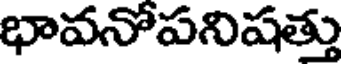
భావనోపనిషత్తు